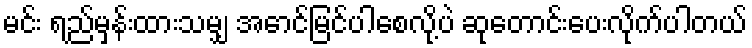
မင်း ရည်မှန်းထားသမျှ အောင်မြင်ပါစေလို့ပဲ ဆုတောင်းပေးလိုက်ပါတယ်